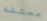
ممتنه